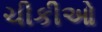
ચીકીઓ